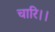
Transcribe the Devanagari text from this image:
चारि।।